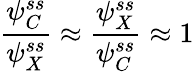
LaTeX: \frac{\psi_{C}^{ss}}{\psi_{X}^{ss}}\approx\frac{\psi_{X}^{ss}}{\psi_{C}^{ss}}\approx 1